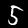
Label: 5